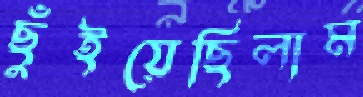
ছুঁইয়েছিলাম